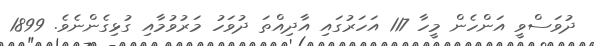
ދުވަސްވީ އަންހެން މީހާ 117 އަހަރުގައި އާދިއްތަ ދުވަހު މަރުވުމާއި ގުޅިގެންނެވެ. 1899